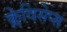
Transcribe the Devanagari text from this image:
क्लेविसेप्स